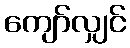
ကျော်လျှင်